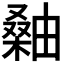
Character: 𪳫